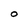
Character: o